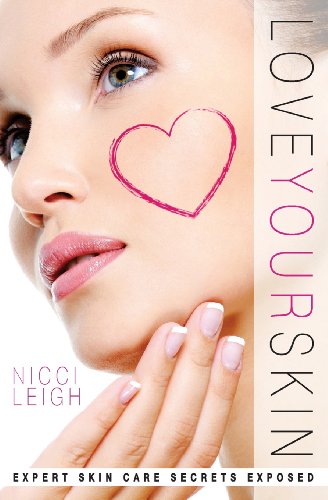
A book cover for Love Your Skin: Expert Skin Care Secrets Exposed; Nicci Leigh; Health, Fitness & Dieting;